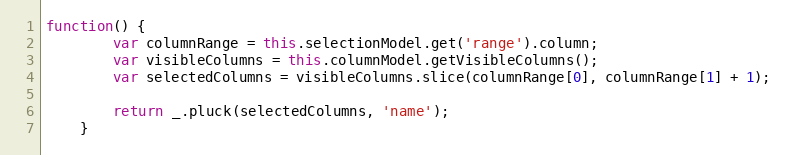
Language: JavaScript
function() {
        var columnRange = this.selectionModel.get('range').column;
        var visibleColumns = this.columnModel.getVisibleColumns();
        var selectedColumns = visibleColumns.slice(columnRange[0], columnRange[1] + 1);

        return _.pluck(selectedColumns, 'name');
    }